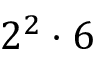
2 ^ { 2 } \cdot 6